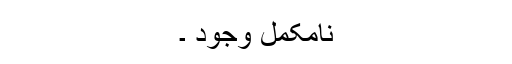
نامکمل وجود ۔